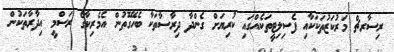
ރިސާރޗް މަރުކަޒުތަކަކާއި ފެސިލިޓީތަކެއްގައި ކުރިޔަށް ގެންދާ ދިރާސާތަކާ ބެހޭގޮތުން އެމެރިކާގެ ރަސްމީ އިދާރާތަކުން